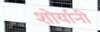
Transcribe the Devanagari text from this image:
शोर्यानी